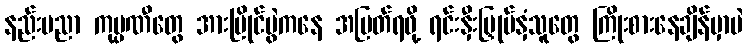
နည်းပညာ ကုမ္ပဏီတွေ အားပြိုင်ပွဲကနေ အမြတ်ရဖို့ ရင်းနှီးမြှုပ်နှံသူတွေ ကြိုးစားနေချိန်မှာပဲ